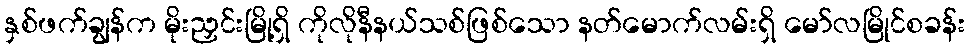
နှစ်ဖက်ချွန်က မိုးညှင်းမြို့ရှိ ကိုလိုနီနယ်သစ်ဖြစ်သော နတ်မောက်လမ်းရှိ မော်လမြိုင်စခန်း